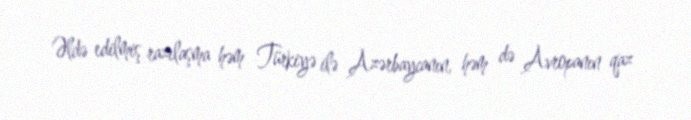
Əldə edilmiş razılaşma həm Türkiyə ilə Azərbaycanın, həm də Avropanın qaz